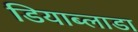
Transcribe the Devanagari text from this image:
डियाब्लाडा